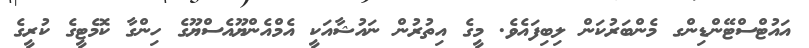
އައުޓްސްޓޭންޑިންގ މެންބަރުކަން ލިބިފައެވެ. މީގެ އިތުރުން ނައުޝާއަކީ އެމްއެންޔޫއެސްޔޫގެ ހިންގާ ކޮމެޓީގެ ކުރީގެ